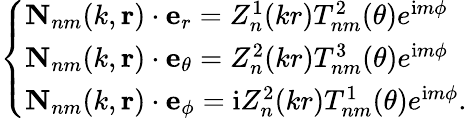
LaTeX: \left\{ \begin{array}{ll}{\mathbf{N}_{nm}(k,\mathbf{r})\cdot\mathbf{e}_{r}=Z_{n}^{1}(kr)T_{nm}^{2}(\theta)e^{\mathrm{i}m\phi}}\\ {\mathbf{N}_{nm}(k,\mathbf{r})\cdot\mathbf{e}_{\theta}=Z_{n}^{2}(kr)T_{nm}^{3}(\theta)e^{\mathrm{i}m\phi}}\\ {\mathbf{N}_{nm}(k,\mathbf{r})\cdot\mathbf{e}_{\phi}=\mathrm{i}Z_{n}^{2}(kr)T_{nm}^{1}(\theta)e^{\mathrm{i}m\phi}.}\end{array}\right.